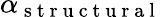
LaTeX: \alpha_{\mathrm{~s~t~r~u~c~t~u~r~a~l~}}